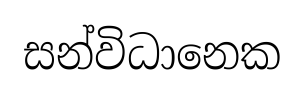
සන්විධානෙක